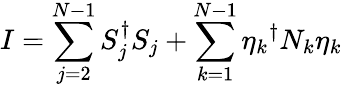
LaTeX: I=\sum_{j=2}^{N-1}S_{j}^{\dagger}S_{j}+\sum_{k=1}^{N-1}{\eta_{k}}^{\dagger}N_{k}\eta_{k}